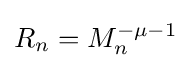
R_{n}=M_{n}^{-\mu -1}